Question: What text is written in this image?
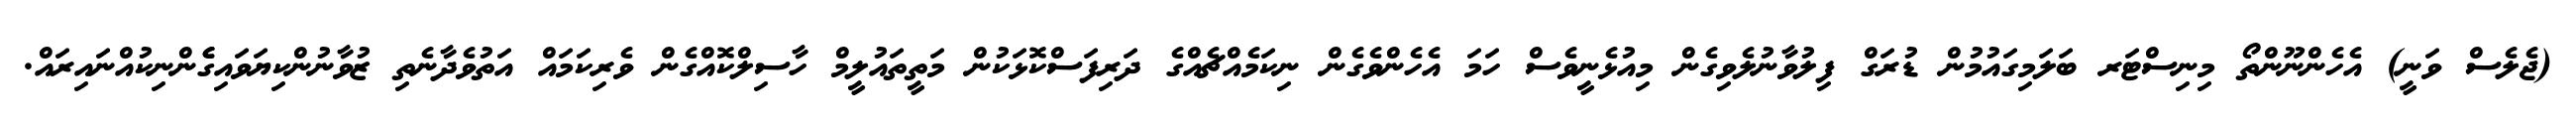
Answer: (ޖެލެސް ވަނީ) އެހެންނޫންތޯ މިނިސްޓަރ ބަލަމިގައުމުން ޑުރަގް ފިލުވާނުލެވިގެން މިއުޅެނީވެސް ހަމަ އެހެންވެގެން ނިކަމެއްޗެއްގެ ދަރިފަސްކޮޅަކުން މަތީތައުލީމް ހާސިލްކޮއްގެން ވެރިކަމައް އަތުވެދާނެތި ޒުވާނުންކިޔަވައިގެެންނިކުއްނައިރައް.